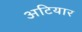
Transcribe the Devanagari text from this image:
अटियार